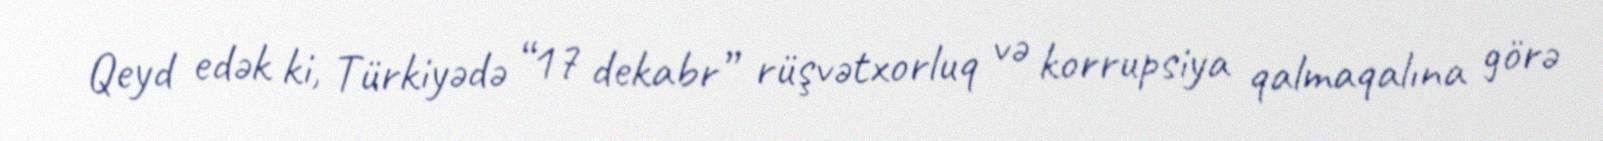
Qeyd edək ki, Türkiyədə “17 dekabr” rüşvətxorluq və korrupsiya qalmaqalına görə